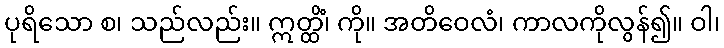
ပုရိသော စ၊ သည်လည်း။ ဣတ္ထိံ၊ ကို။ အတိဝေလံ၊ ကာလကိုလွန်၍။ ဝါ၊